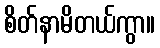
စိတ်နာမိတယ်ကွာ။